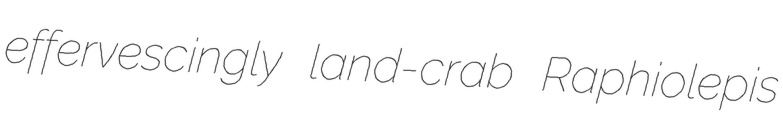
effervescingly land-crab Raphiolepis